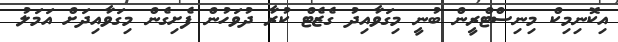
އިކޮނިމިކް މިނިސްޓްރީން ބުނީ މިގަވާއިދު ގެޒެޓް ކުރާ ދުވަހުން ފެށިގެން މިގަވާއިދަށް އަމަލު